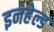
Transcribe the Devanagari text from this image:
इनहेल्ड